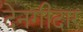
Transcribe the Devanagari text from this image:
देनगीदार